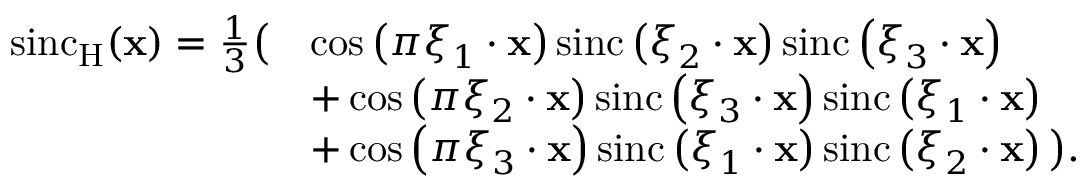
{ \begin{array} { r l } { \operatorname { s i n c } _ { \mathrm { H } } ( \mathbf { x } ) = { \frac { 1 } { 3 } } { \big ( } } & { \cos \left( \pi { \boldsymbol { \xi } } _ { 1 } \cdot \mathbf { x } \right) \operatorname { s i n c } \left( { \boldsymbol { \xi } } _ { 2 } \cdot \mathbf { x } \right) \operatorname { s i n c } \left( { \boldsymbol { \xi } } _ { 3 } \cdot \mathbf { x } \right) } \\ & { + \cos \left( \pi { \boldsymbol { \xi } } _ { 2 } \cdot \mathbf { x } \right) \operatorname { s i n c } \left( { \boldsymbol { \xi } } _ { 3 } \cdot \mathbf { x } \right) \operatorname { s i n c } \left( { \boldsymbol { \xi } } _ { 1 } \cdot \mathbf { x } \right) } \\ & { + \cos \left( \pi { \boldsymbol { \xi } } _ { 3 } \cdot \mathbf { x } \right) \operatorname { s i n c } \left( { \boldsymbol { \xi } } _ { 1 } \cdot \mathbf { x } \right) \operatorname { s i n c } \left( { \boldsymbol { \xi } } _ { 2 } \cdot \mathbf { x } \right) { \big ) } . } \end{array} }